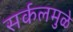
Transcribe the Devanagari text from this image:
सर्कलमुळे